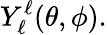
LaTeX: Y_{\ell}^{\ell}(\theta,\phi).